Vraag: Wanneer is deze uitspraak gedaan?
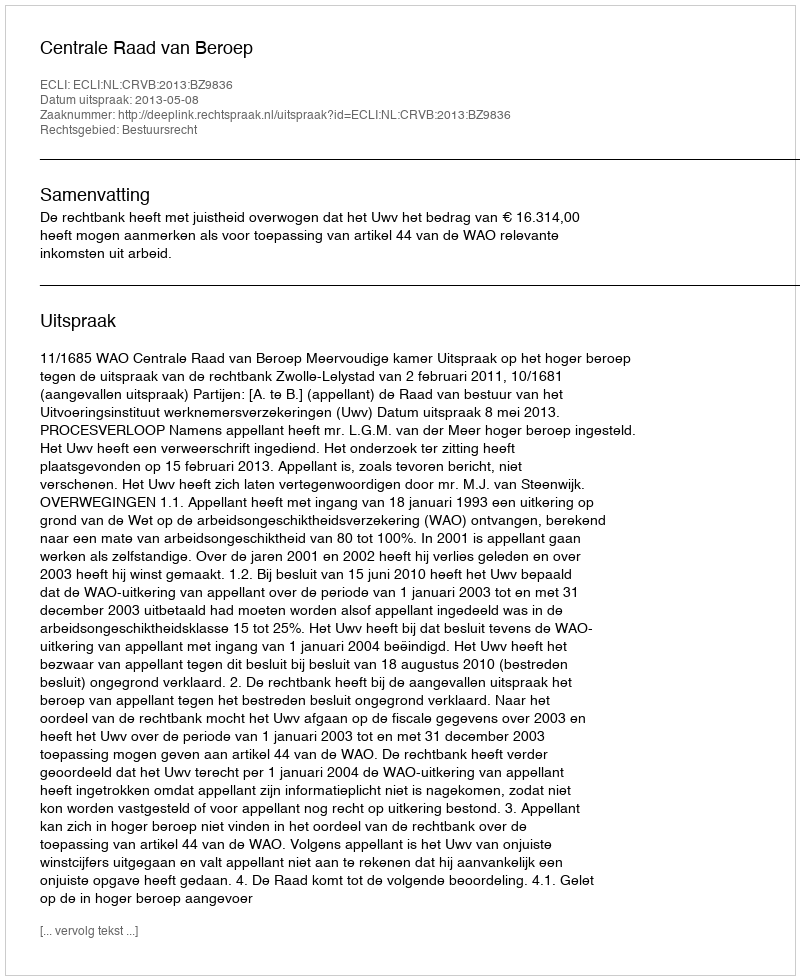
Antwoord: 2013-05-08